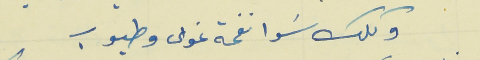
وكلك سَوا نفحة غوى وطيوب